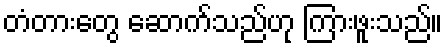
တံတားတွေ ဆောက်သည်ဟု ကြားဖူးသည်။